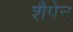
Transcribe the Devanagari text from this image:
शैपेन